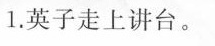
1.英子走上讲台。